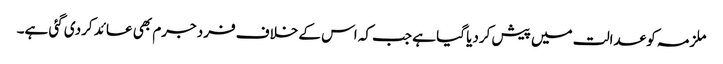
ملزمہ کو عدالت میں پیش کردیا گیا ہے جب کہ اس کے خلاف فرد جرم بھی عائد کردی گئی ہے۔